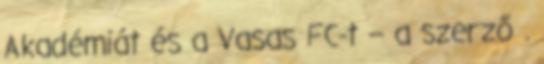
Akadémiát és a Vasas FC-t – a szerző .